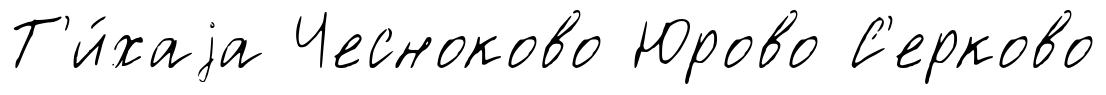
Т'и́хаjа Чесноково Юрово С'ерково